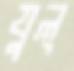
যুল্